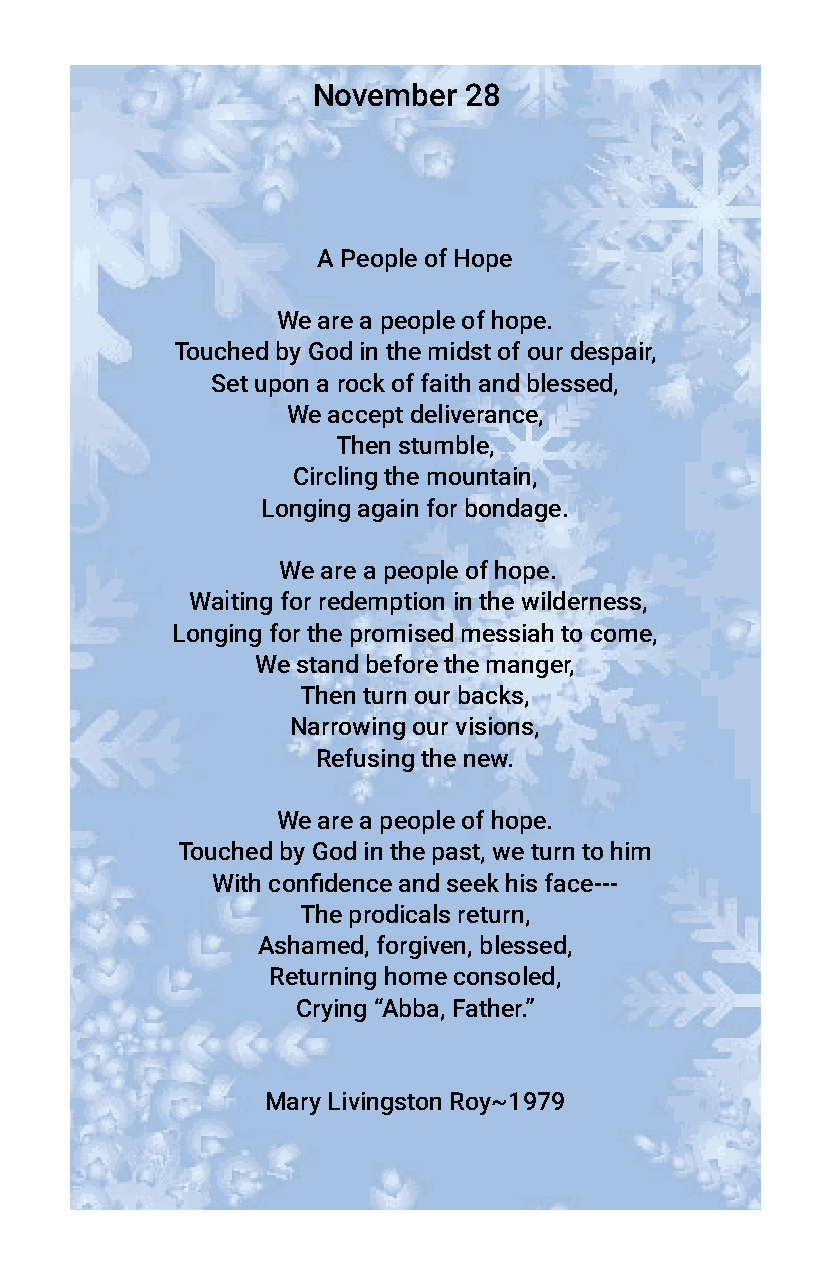
November  28
 A People of Hope
 We are a people of hope.
 Touched by God in the midst of our despair,
 Set upon a rock of faith and blessed,
 We accept deliverance,
 Then stumble,
 Circling the mountain,
 Longing again for bondage.
 We are a people of hope.
 Waiting for redemption in the wilderness,
 Longing for the promised messiah to come,
 We stand before the manger,
 Then turn our backs,
 Narrowing our visions,
 Refusing the new.
 We are a people of hope.
 Touched by God in the past, we turn to him
 With confidence and seek his face---
 The prodicals return,
 Ashamed, forgiven, blessed,
 Returning home consoled,
 Crying “Abba, Father.”
 Mary Livingston Roy~1979